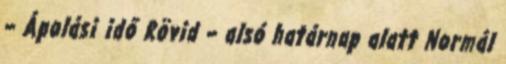
– Ápolási idő Rövid – alsó határnap alatt Normál